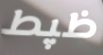
ظپط